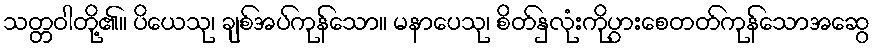
သတ္တဝါတို့၏။ ပိယေသု၊ ချစ်အပ်ကုန်သော။ မနာပေသု၊ စိတ်နှလုံးကိုပွားစေတတ်ကုန်သောအဆွေ